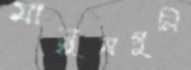
মানুষগুলি